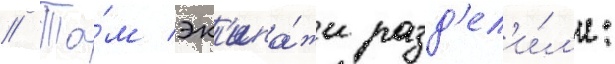
// Та́м эк'ипа́жи разд'ел'и́л'и: